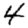
Digit: 4